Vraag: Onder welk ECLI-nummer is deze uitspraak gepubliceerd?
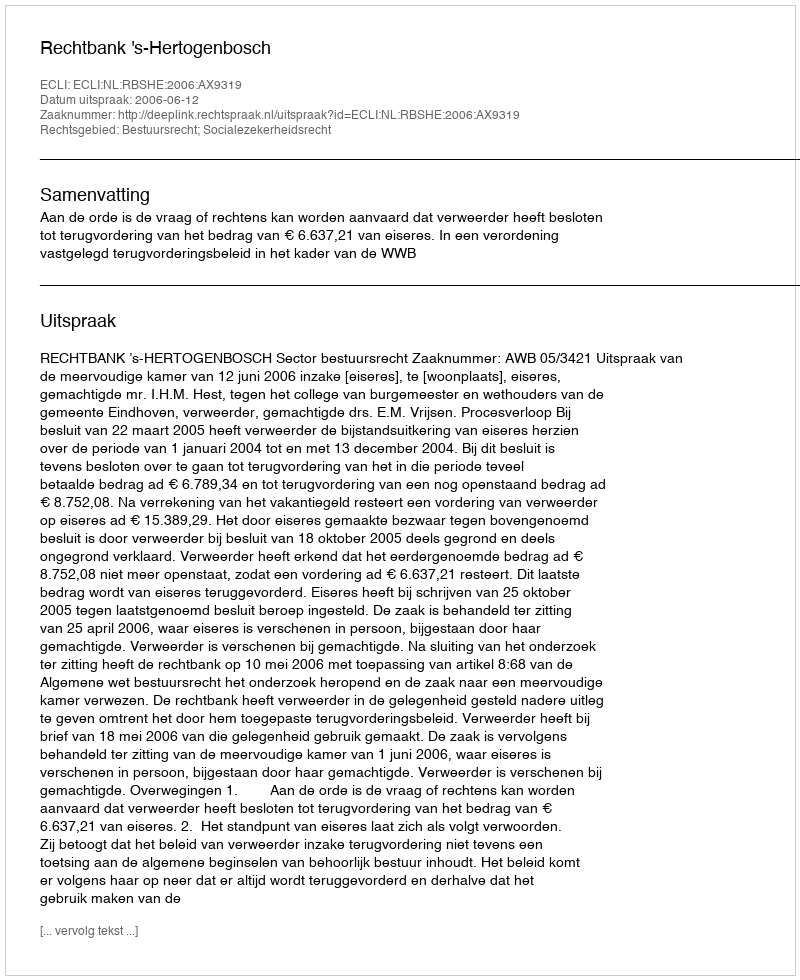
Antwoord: ECLI:NL:RBSHE:2006:AX9319